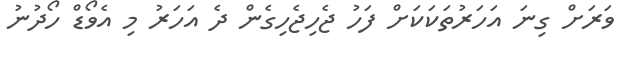
ވަރަށް ގިނަ އަހަރުތަކަކަށް ފަހު ޖެހިޖެހިގެން ދެ އަހަރު މި އެވޯޑް ހޯދުނު